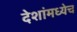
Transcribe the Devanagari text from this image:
देशांमध्येच